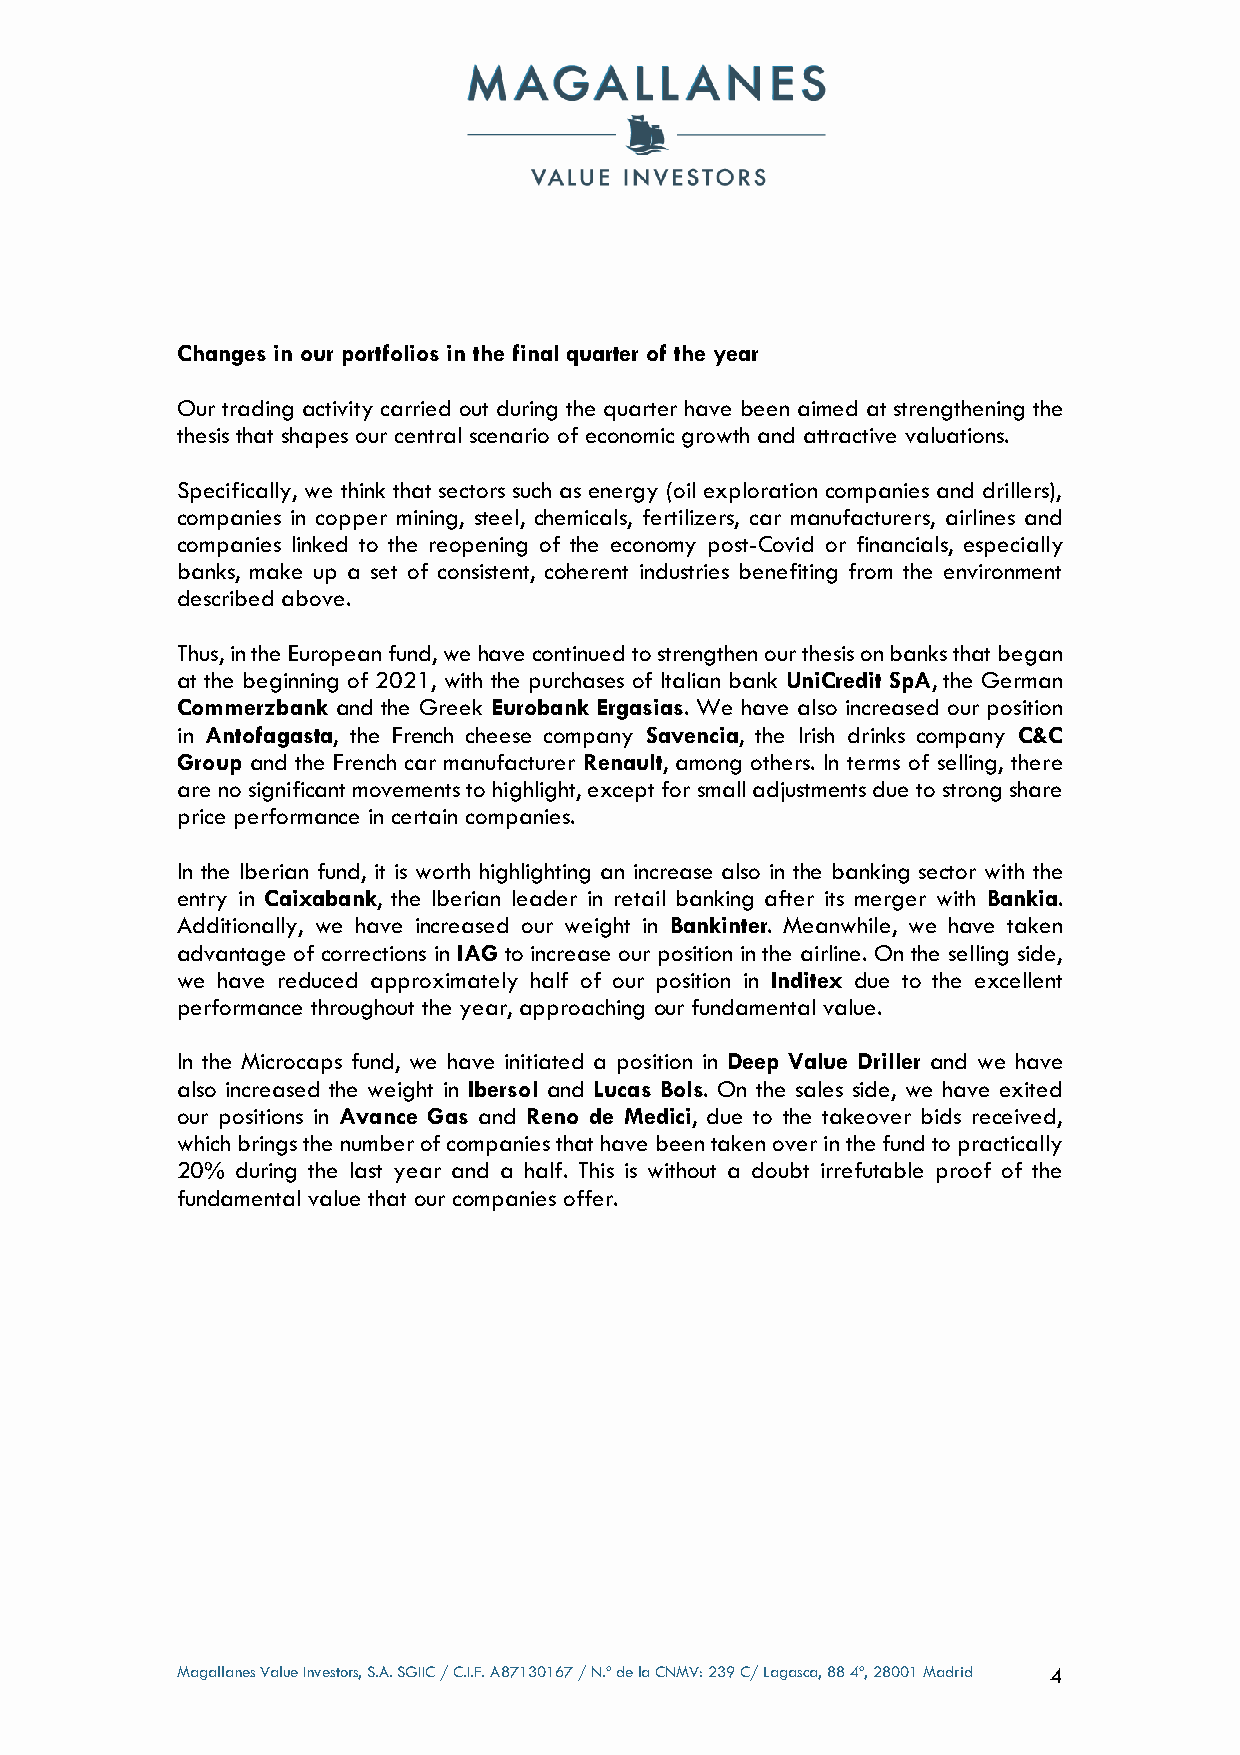
Changes in our portfolios in the final quarter of the year
 Our trading activity carried out during the quarter have been aimed at strengthening the
 thesis that shapes our central scenario of economic growth and attractive valuations.
 Specifically, we think that sectors such as energy (oil exploration companies and drillers),
 companies in copper mining, steel, chemicals, fertilizers, car manufacturers, airlines and
 companies linked to the reopening of the economy post-Covid or financials, especially
 banks, make up a set of consistent, coherent industries benefiting from the environment
 described above.
 Thus, in the European fund, we have continued to strengthen our thesis on banks that began
 at the beginning of 2021, with the purchases of Italian bank UniCredit SpA, the German
 Commerzbank and the Greek Eurobank Ergasias. We have also increased our position
 in Antofagasta, the French cheese company Savencia, the Irish drinks company C&C
 Group and the French car manufacturer Renault, among others. In terms of selling, there
 are no significant movements to highlight, except for small adjustments due to strong share
 price performance in certain companies.
 In the Iberian fund, it is worth highlighting an increase also in the banking sector with the
 entry in Caixabank, the Iberian leader in retail banking after its merger with Bankia.
 Additionally, we have increased our weight in Bankinter. Meanwhile, we have taken
 advantage of corrections in IAG to increase our position in the airline. On the selling side,
 we have reduced approximately half of our position in Inditex due to the excellent
 performance throughout the year, approaching our fundamental value.
 In the Microcaps fund, we have initiated a position in Deep Value Driller and we have
 also increased the weight in Ibersol and Lucas Bols. On the sales side, we have exited
 our positions in Avance Gas and Reno de Medici, due to the takeover bids received,
 which brings the number of companies that have been taken over in the fund to practically
 20% during the last year and a half. This is without a doubt irrefutable proof of the
 fundamental value that our companies offer.
 Magallanes Value Investors, S.A. SGIIC / C.I.F. A87130167 / N.º de la CNMV: 239 C/ Lagasca, 88 4º, 28001 Madrid 4